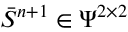
\bar { S } ^ { n + 1 } \in \Psi ^ { 2 \times 2 }